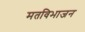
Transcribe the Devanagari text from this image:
मतविभाजन